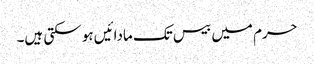
حرم میں بیس تک مادائیں ہو سکتی ہیں۔